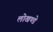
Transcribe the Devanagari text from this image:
लोखण्डे